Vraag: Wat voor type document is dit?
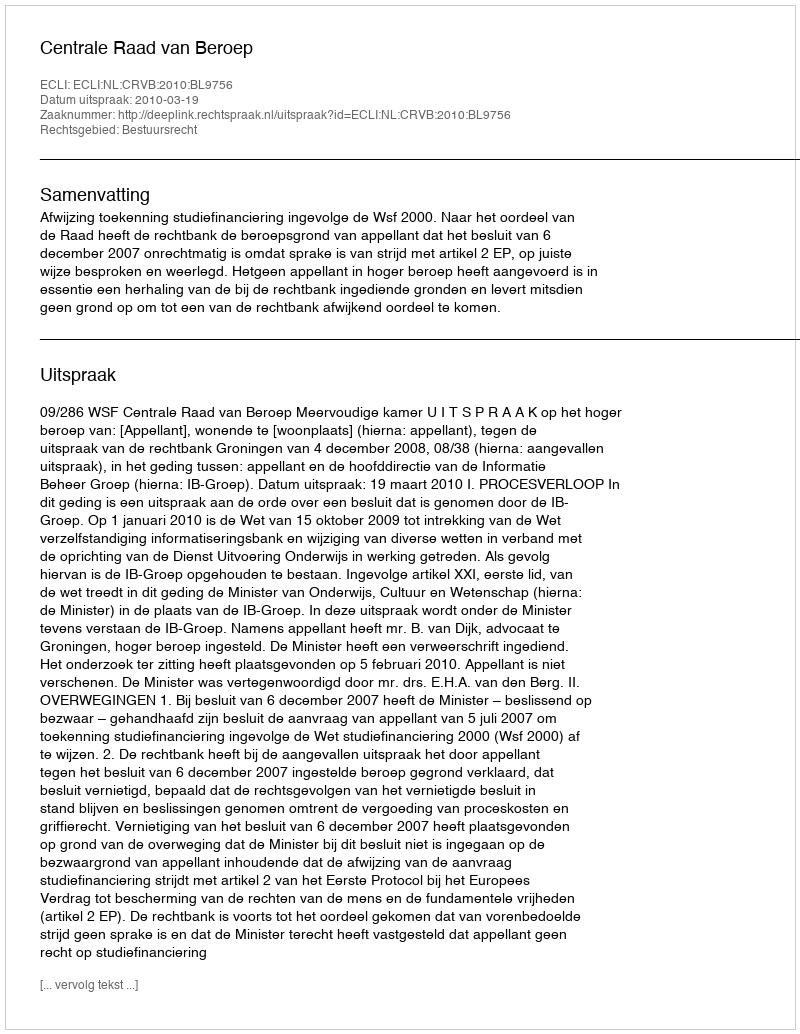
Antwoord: Uitspraak